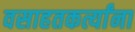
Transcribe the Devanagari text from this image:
वसाहतकर्त्यांना